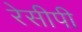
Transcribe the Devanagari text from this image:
रेसीपी